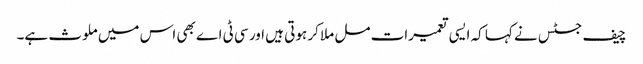
چیف جسٹس نے کہا کہ ایسی تعمیرات مل ملا کر ہوتی ہیں اور سی ٹی اے بھی اس میں ملوث ہے۔